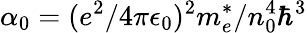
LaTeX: \alpha_{0}=(e^{2}/4\pi\epsilon_{0})^{2}m_{e}^{*}/n_{0}^{4}\hbar^{3}